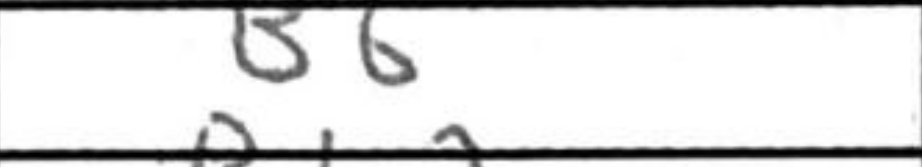
Transcription: B6